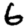
Digit: 6